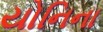
યોનિના